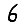
Digit: 6